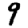
Digit: 9